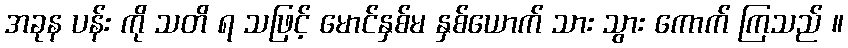
အခုန ပန်း ကို သတိ ရ သဖြင့် မောင်နှစ်မ နှစ်ယောက် သား သွား ကောက် ကြသည် ။